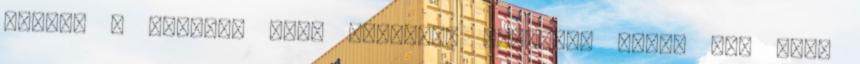
Anita. A Barátok közt Szilágyi Andreája napok óta újra